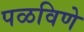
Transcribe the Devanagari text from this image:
पळविणे